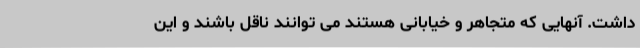
داشت. آنهایی که متجاهر و خیابانی هستند می توانند ناقل باشند و این